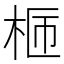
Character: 𣑙